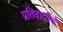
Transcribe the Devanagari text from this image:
प्रतिवादींचे